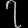
Digit: ၇